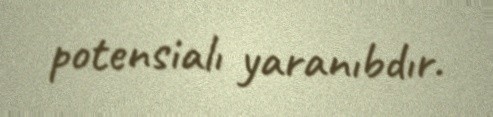
potensialı yaranıbdır.